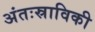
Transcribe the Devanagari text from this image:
अंतःस्राविकी